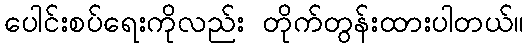
ပေါင်းစပ်ရေးကိုလည်း တိုက်တွန်းထားပါတယ်။